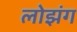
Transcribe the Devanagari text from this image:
लोझंग